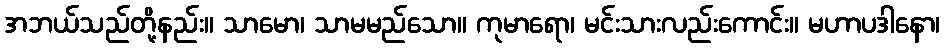
အဘယ်သည်တို့နည်း။ သာမော၊ သာမမည်သော။ ကုမာရော၊ မင်းသားလည်းကောင်း။ မဟာပဒါနော၊